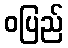
ဝပြည်